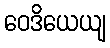
ဝေဒိယေယျ